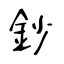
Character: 鈔